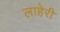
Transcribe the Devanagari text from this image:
लाहेरी